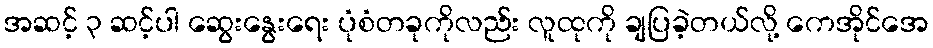
အဆင့် ၃ ဆင့်ပါ ဆွေးနွေးရေး ပုံစံတခုကိုလည်း လူထုကို ချပြခဲ့တယ်လို့ ကေအိုင်အေ